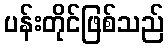
ပန်းတိုင်ဖြစ်သည်